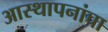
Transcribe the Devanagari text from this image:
आस्थापनांचा